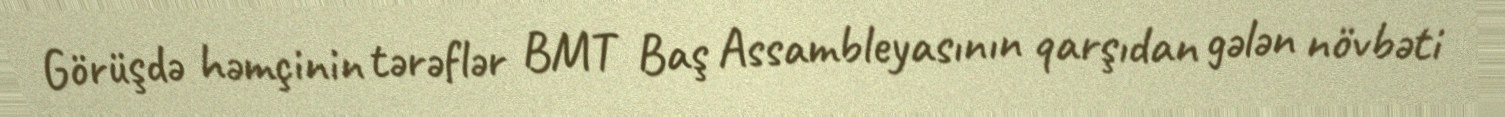
Görüşdə həmçinin tərəflər BMT Baş Assambleyasının qarşıdan gələn növbəti